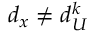
d _ { x } \neq d _ { U } ^ { k }